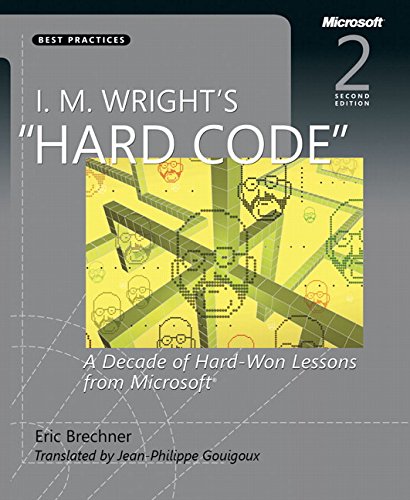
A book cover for I.M. Wright's Hard Code: A Decade of Hard-Won Lessons from Microsoft (2nd Edition) (Developer Best Practices); Eric Brechner; Computers & Technology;